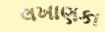
લખાણકા